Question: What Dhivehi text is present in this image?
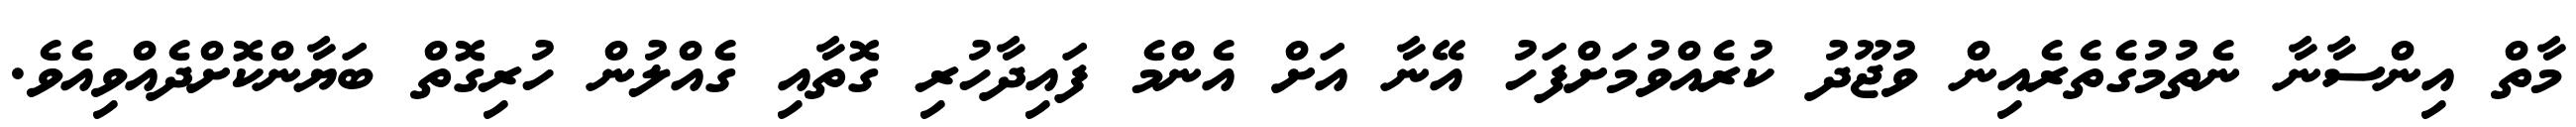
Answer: މާތް އިންސާނާ ނެތުމުގެތެރެއިން ވުޖޫދު ކުރެއްވުމަށްފަހު އޭނާ އަށް އެންމެ ފައިދާހުރި ގޮތާއި ގެއްލުން ހުރިގޮތް ބަޔާންކޮށްދެއްވިއެވެ.